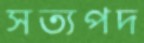
সত্যপদ